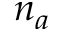
n _ { a }